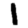
Digit: 1